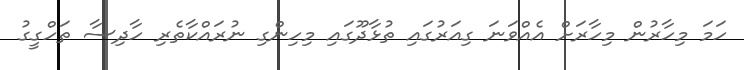
ހަމަ މިހާރުން މިހާރަށް އެއްވަނަ ގިއަރުގައި ތުޅާދޫގައި މިހިންގި ނުރައްކާތެރި ހާދިސާ ތަހްގީގު